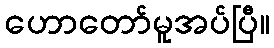
ဟောတော်မူအပ်ပြီ။